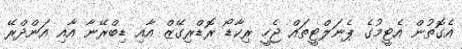
އެގޮތުން އެޓީމުގެ ޕެނަލްޓީތައް ޖެހީ ރިކާޑޯ ރޮޑްރިގޭޒް އާއި ޑިބްރޭނާ އާއި އަންދްރޭ